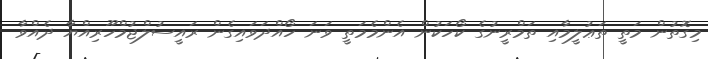
މިގޮތުން މަތީ ތަޢުލީމާއި ތަމްރީނުގެ ކޯހަކުން އެންމެމަތީ ވަނަ ހޯއްދަވައިގެން ރައީސުލްޖުމްހޫރިއްޔާ ދެއްވާ